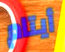
أيتام